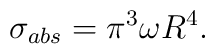
\sigma_{abs} = \pi^3 \omega R^4.